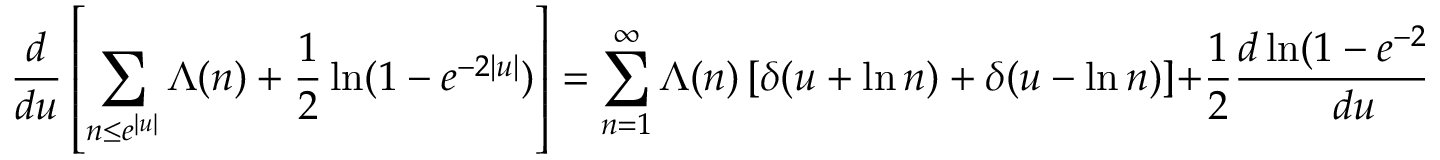
{ \frac { d } { d u } } \left[ \sum _ { n \leq e ^ { | u | } } \Lambda ( n ) + { \frac { 1 } { 2 } } \ln ( 1 - e ^ { - 2 | u | } ) \right] = \sum _ { n = 1 } ^ { \infty } \Lambda ( n ) \left[ \delta ( u + \ln n ) + \delta ( u - \ln n ) \right] + { \frac { 1 } { 2 } } { \frac { d \ln ( 1 - e ^ { - 2 | u | } ) } { d u } } = e ^ { u } - \sum _ { \rho } e ^ { \rho u }